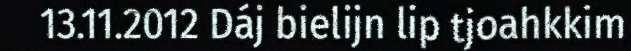
13.11.2012 Dáj bielijn lip tjoahkkim